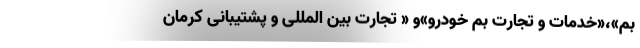
بم»،«خدمات و تجارت بم خودرو»و « تجارت بین المللی و پشتیبانی کرمان